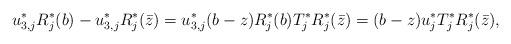
LaTeX: \begin{align*} u_{3,j}^*R_j^*(b) -u_{3,j}^*R_j^*(\bar z) = u_{3,j}^* (b-z)R_j^*(b) T_j^* R_j^*(\bar z) = (b-z) u_{j}^* T_j^* R_j^*(\bar z), \end{align*}